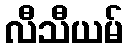
လီသီယမ်